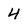
Character: 4